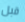
قبل